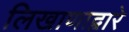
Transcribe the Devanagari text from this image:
लिखाणाद्वारे